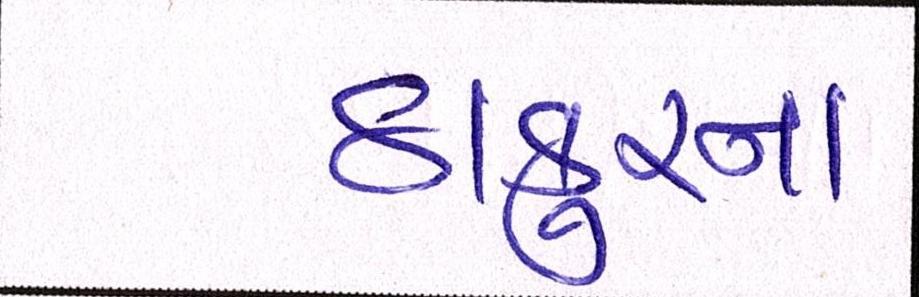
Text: ઠાકુરના